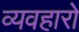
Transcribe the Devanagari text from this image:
व्यवहारो